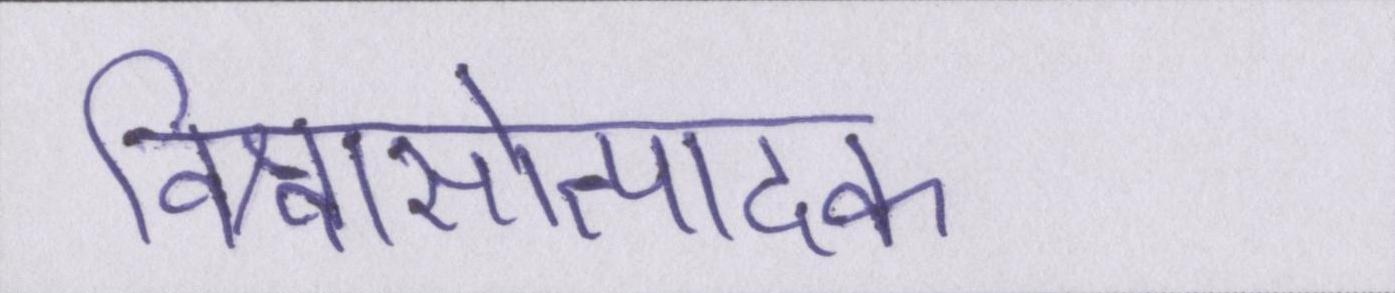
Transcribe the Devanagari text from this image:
विश्वासोत्पादक